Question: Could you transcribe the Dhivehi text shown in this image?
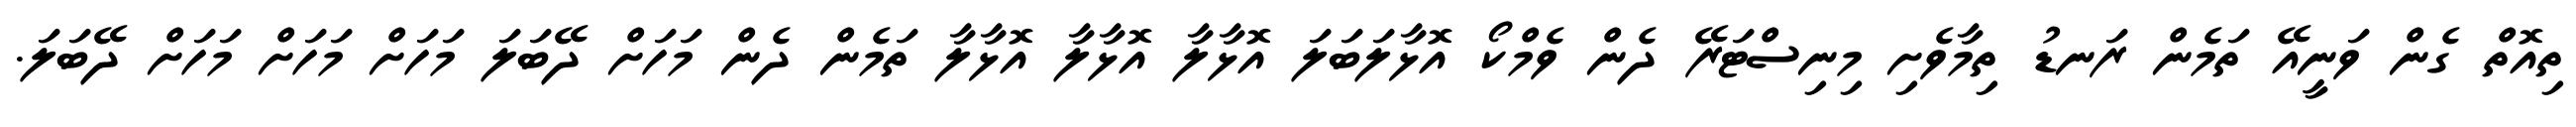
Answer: ތިއޮތް ގެން ވަނީއޭ ތަމެން ރަނޑު ތިމާވެށި މިނިސްޓަރޭ ދެން ވެމްކޯ އޮޅާލަބަލަ އޮޅާލާ އޮޅާލާ އޮޅާލާ ތަމެން ދެން މަހަށް ދޭބަލަ މަހަށް މަހަށް މަހަށް ދޭބަލަ.